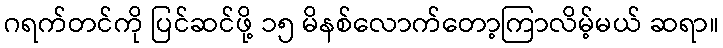
ဂရက်တင်ကို ပြင်ဆင်ဖို့ ၁၅ မိနစ်လောက်တော့ကြာလိမ့်မယ် ဆရာ။